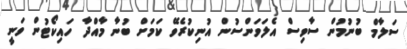
ސަލާމް ބުނުމުން ސާވިސް އެލަވަންސުން އުނިކުރެވޭ ކަމަށް ބުނާ މާއްދާ ހަައިކޯޓުން ވަނީ